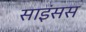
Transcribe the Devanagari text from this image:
साइंसस